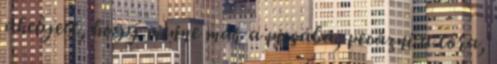
ahelyett, hogy menne már a picsába, pecázni a tóra,